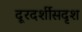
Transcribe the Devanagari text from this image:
दूरदर्शीसदृश